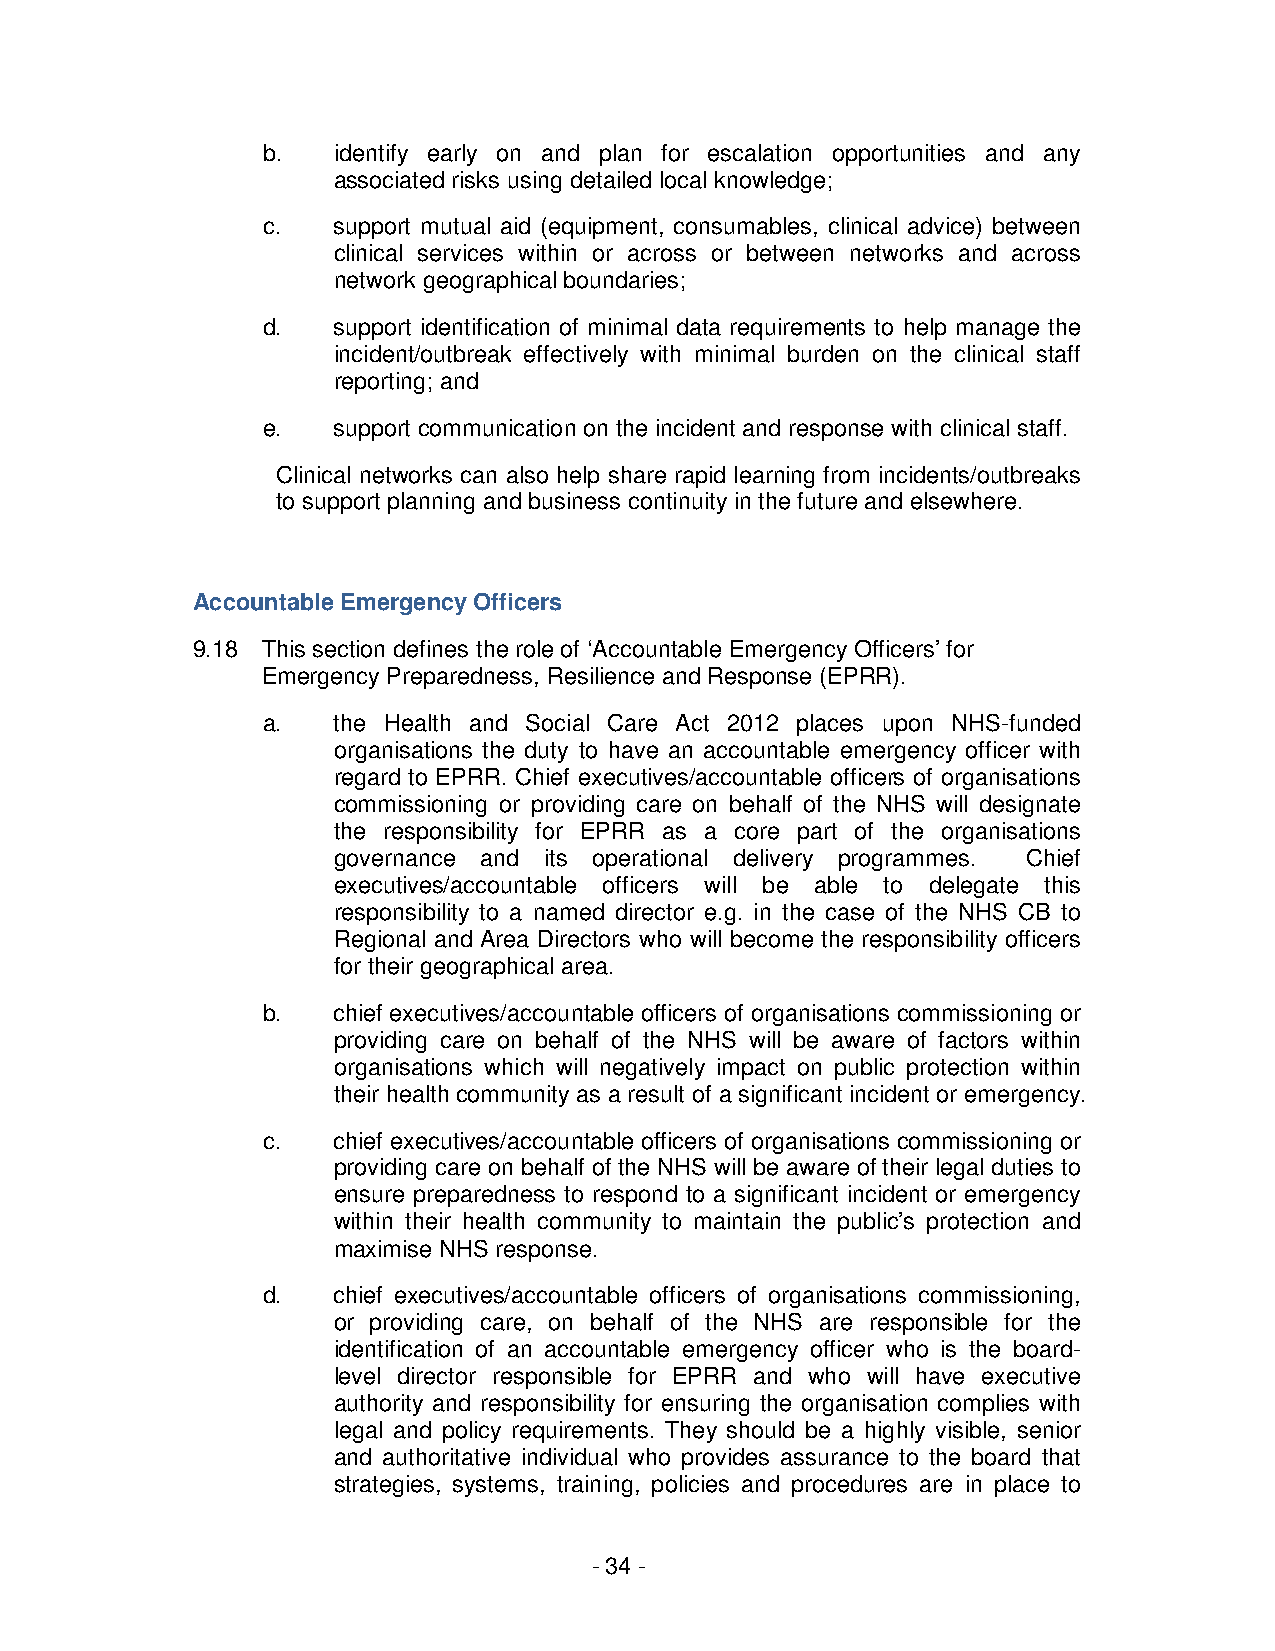
b.   identify early on and plan for escalation opportunities and any
 associated risks using detailed local knowledge;
 c.   support mutual aid (equipment, consumables, clinical advice) between
 clinical services within or across or between networks and across
 network geographical boundaries;
 d.   support identification of minimal data requirements to help manage the
 incident/outbreak effectively with minimal burden on the clinical staff
 reporting; and
 e.   support communication on the incident and response with clinical staff.
 Clinical networks can also help share rapid learning from incidents/outbreaks
 to support planning and business continuity in the future and elsewhere.
 Accountable Emergency Officers
 9.18 This section defines the role of ‘Accountable Emergency Officers’ for
 Emergency Preparedness, Resilience and Response (EPRR).
 a.   the Health and Social Care Act 2012 places upon NHS-funded
 organisations the duty to have an accountable emergency officer with
 regard to EPRR. Chief executives/accountable officers of organisations
 commissioning or providing care on behalf of the NHS will designate
 the responsibility for EPRR as a core part of the organisations
 governance and its operational delivery programmes. Chief
 executives/accountable officers will be able to delegate this
 responsibility to a named director e.g. in the case of the NHS CB to
 Regional and Area Directors who will become the responsibility officers
 for their geographical area.
 b.   chief executives/accountable officers of organisations commissioning or
 providing care on behalf of the NHS will be aware of factors within
 organisations which will negatively impact on public protection within
 their health community as a result of a significant incident or emergency.
 c.   chief executives/accountable officers of organisations commissioning or
 providing care on behalf of the NHS will be aware of their legal duties to
 ensure preparedness to respond to a significant incident or emergency
 within their health community to maintain the public’s protection and
 maximise NHS response.
 d.   chief executives/accountable officers of organisations commissioning,
 or providing care, on behalf of the NHS are responsible for the
 identification of an accountable emergency officer who is the board-
 level director responsible for EPRR and who will have executive
 authority and responsibility for ensuring the organisation complies with
 legal and policy requirements. They should be a highly visible, senior
 and authoritative individual who provides assurance to the board that
 strategies, systems, training, policies and procedures are in place to
 - 34 -